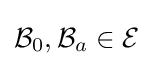
{\mathcal {B}}_{0},{\mathcal {B}}_{a}\in {\mathcal {E}}